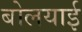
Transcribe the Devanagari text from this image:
बोलयाई